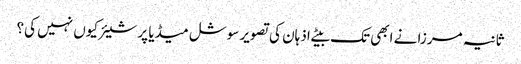
ثانیہ مرزا نے ابھی تک بیٹے اذہان کی تصویر سوشل میڈیا پر شیئر کیوں نہیں کی؟